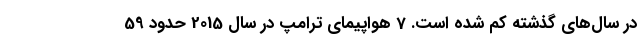
در سال‌های گذشته کم شده است. 7 هواپیمای ترامپ در سال 2015 حدود 59